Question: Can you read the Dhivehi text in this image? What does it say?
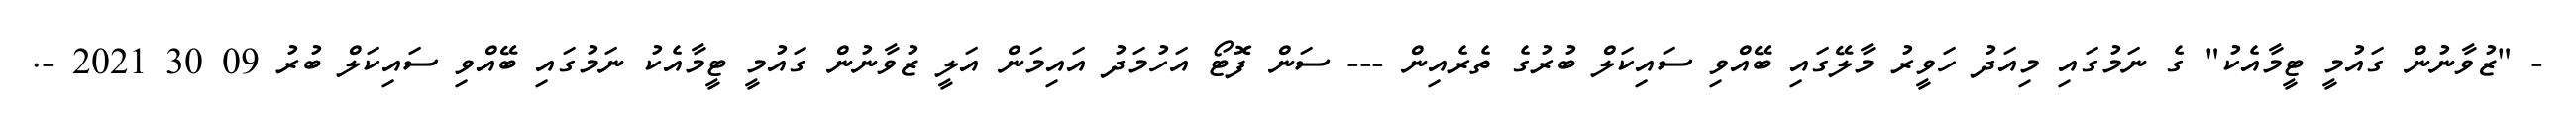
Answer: - "ޒުވާނުން ގައުމީ ޓީމާއެކު" ގެ ނަމުގައި މިއަދު ހަވީރު މާލޭގައި ބޭއްވި ސައިކަލް ބުރުގެ ތެރެއިން --- ސަން ފޮޓޯ އަހުމަދު އައިމަން އަލީ ޒުވާނުން ގައުމީ ޓީމާއެކު ނަމުގައި ބޭއްވި ސައިކަލް ބުރު 09 30 2021 -.